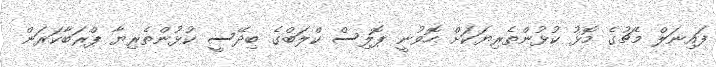
ފައިނަލް މެޗުގެ މޮޅު ކުޅުންތެރިޔަކަށް ހޮވުނީ ޕޮލިސް ކްލަބްގެ ބިދޭސީ ކުޅުންތެރިޔާ ޕްރަބާކަރަން